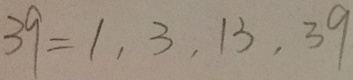
3 9 = 1 , 3 , 1 3 , 3 9